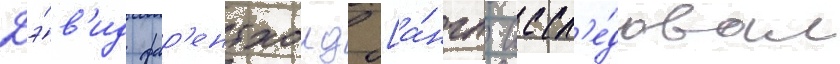
Дэ́в'ид фар'ентхолд [а́нгл. иссл'е́довал